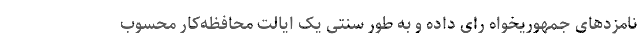
نامزدهای جمهوریخواه رای داده و به طور سنتی یک ایالت محافظه‌کار محسوب